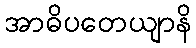
အာဓိပတေယျာနိ